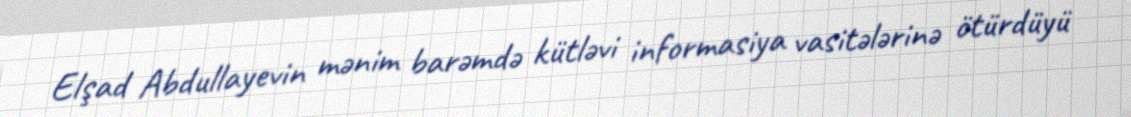
Elşad Abdullayevin mənim barəmdə kütləvi informasiya vasitələrinə ötürdüyü